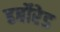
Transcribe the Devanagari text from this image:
हर्बोरेड